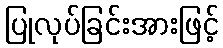
ပြုလုပ်ခြင်းအားဖြင့်